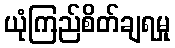
ယုံကြည်စိတ်ချရမှု